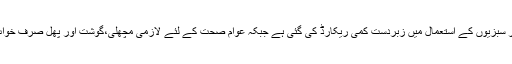
گزشتہ پانچ سال میں گندم، چاول، خوردنی تیل، چینی ، دودھ، دالوں اور سبزیوں کے استعمال میں زبردست کمی ریکارڈ کی گئی ہے جبکہ عوام صحت کے لئے لازمی مچھلی،گوشت اور پھل صرف خواب میں کھا سکتے ہیں جو پاکستان کے مستقبل کے لئے بڑا خطرہ ہے۔